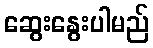
ဆွေးနွေးပါမည်